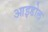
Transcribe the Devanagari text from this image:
आइडोल